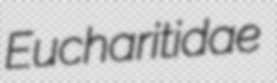
Eucharitidae